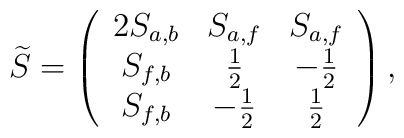
\widetilde{S}=\left( \begin{array}{ccc}2 S_{a,b} & S_{a,f} & S_{a,f} \\S_{f,b} & \frac{1}{2} &  - \frac{1}{2}\\S_{f,b} & -\frac{1}{2} &  \frac{1}{2}\end{array} \right),